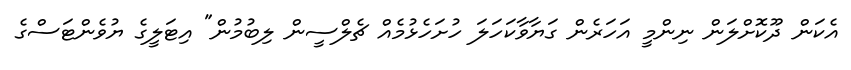
އެކަން ދޫކޮށްލަން ނިންމީ އަހަރެން ގަޔާވާކަހަލަ ހުށަހެޅުމެއް ޗެލްސީން ލިބުމުން" އިޓަލީގެ ޔުވެންޓަސްގެ